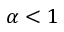
\alpha < 1